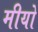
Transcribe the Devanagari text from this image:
मीयो